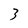
Character: 3